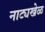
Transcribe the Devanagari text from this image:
नाट्यखेळ